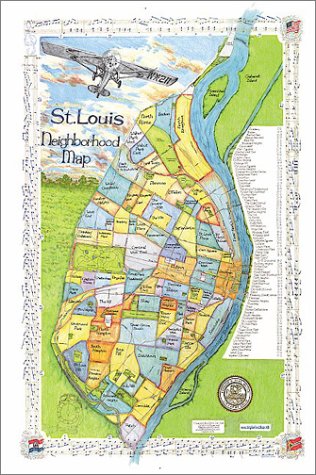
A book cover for St. Louis Neighborhood Map; Inc. Big Stick; Travel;